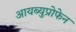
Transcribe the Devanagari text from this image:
आयब्युप्रोफेन